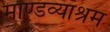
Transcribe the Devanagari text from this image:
माण्डव्याश्रम